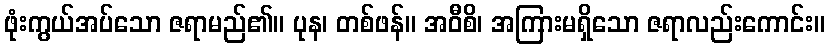
ဖုံးကွယ်အပ်သော ဇရာမည်၏။ ပုန၊ တစ်ဖန်။ အဝီစိ၊ အကြားမရှိသော ဇရာလည်းကောင်း။